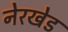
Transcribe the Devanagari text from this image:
नेरखेड